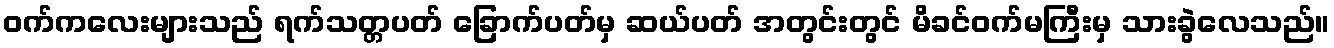
ဝက်ကလေးများသည် ရက်သတ္တပတ် ခြောက်ပတ်မှ ဆယ်ပတ် အတွင်းတွင် မိခင်ဝက်မကြီးမှ သားခွဲလေသည်။